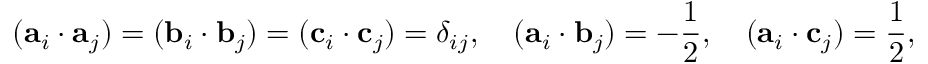
( { \bf a } _ { i } \cdot { \bf a } _ { j } ) = ( { \bf b } _ { i } \cdot { \bf b } _ { j } ) = ( { \bf c } _ { i } \cdot { \bf c } _ { j } ) = \delta _ { i j } , \quad ( { \bf a } _ { i } \cdot { \bf b } _ { j } ) = - \frac { 1 } { 2 } , \quad ( { \bf a } _ { i } \cdot { \bf c } _ { j } ) = \frac { 1 } { 2 } , \quad